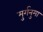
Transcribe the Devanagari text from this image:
मुर्गनुमा